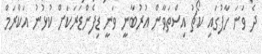
ދެ ވަނަ ހާފުގައި ކޯޗު އިސްތަވާން އުރުބާނީ ވަނީ ޑިފެންޑަރަކަށް ކުޅުނު އަކްރަމް